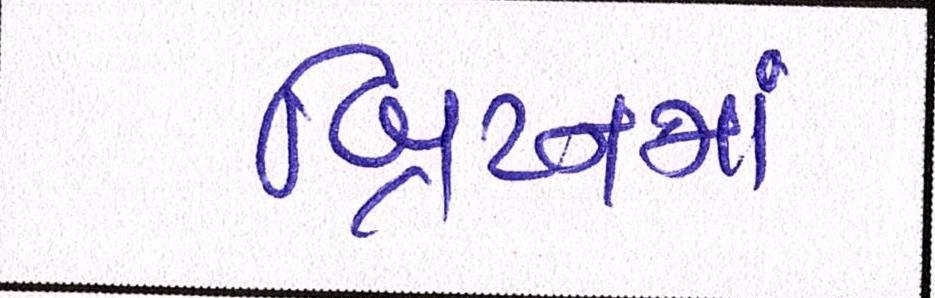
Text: બ્રિટનમાં